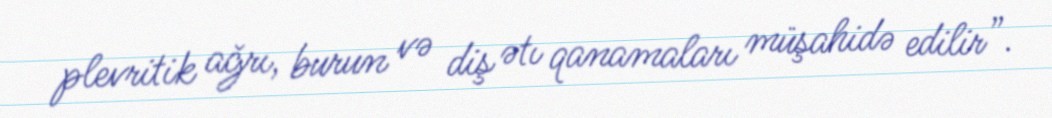
plevritik ağrı, burun və diş ətı qanamaları müşahidə edilir”.